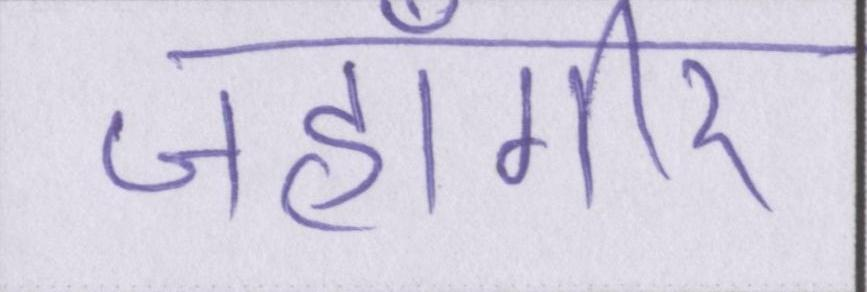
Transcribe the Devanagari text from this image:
जहाँगीर